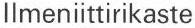
llmeniittirikaste